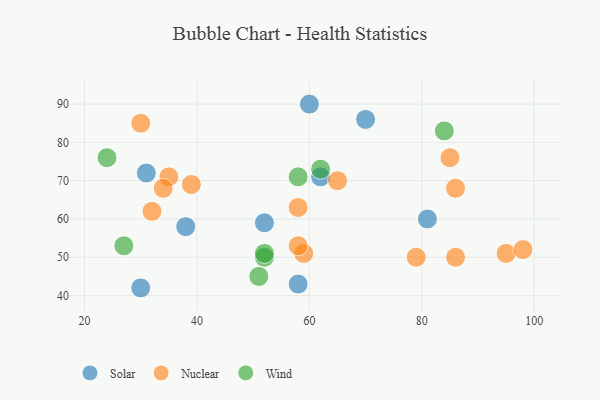
{"axis": {"x": "GDP", "y": "Life Expectancy"}, "legend": ["Nuclear", "Solar", "Wind"], "data": [{"x": "60", "y": 90, "type": "Solar"}, {"x": "52", "y": 59, "type": "Solar"}, {"x": "30", "y": 42, "type": "Solar"}, {"x": "38", "y": 58, "type": "Solar"}, {"x": "70", "y": 86, "type": "Solar"}, {"x": "31", "y": 72, "type": "Solar"}, {"x": "58", "y": 43, "type": "Solar"}, {"x": "81", "y": 60, "type": "Solar"}, {"x": "62", "y": 71, "type": "Solar"}, {"x": "85", "y": 76, "type": "Nuclear"}, {"x": "30", "y": 85, "type": "Nuclear"}, {"x": "86", "y": 68, "type": "Nuclear"}, {"x": "39", "y": 69, "type": "Nuclear"}, {"x": "86", "y": 50, "type": "Nuclear"}, {"x": "65", "y": 70, "type": "Nuclear"}, {"x": "79", "y": 50, "type": "Nuclear"}, {"x": "95", "y": 51, "type": "Nuclear"}, {"x": "35", "y": 71, "type": "Nuclear"}, {"x": "58", "y": 63, "type": "Nuclear"}, {"x": "32", "y": 62, "type": "Nuclear"}, {"x": "59", "y": 51, "type": "Nuclear"}, {"x": "58", "y": 53, "type": "Nuclear"}, {"x": "34", "y": 68, "type": "Nuclear"}, {"x": "98", "y": 52, "type": "Nuclear"}, {"x": "84", "y": 83, "type": "Wind"}, {"x": "24", "y": 76, "type": "Wind"}, {"x": "52", "y": 50, "type": "Wind"}, {"x": "27", "y": 53, "type": "Wind"}, {"x": "62", "y": 73, "type": "Wind"}, {"x": "51", "y": 45, "type": "Wind"}, {"x": "58", "y": 71, "type": "Wind"}, {"x": "52", "y": 51, "type": "Wind"}]}